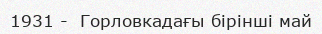
1931 -  Горловкадағы бірінші май